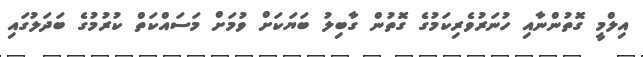
އިލްމީ ގޮތުންނާއި ހުނަރުވެރިކަމުގެ ގޮތުން ގާބިލު ބަޔަކަށް ވުމަށް މަސައްކަތް ކުރުމުގެ ބަދަލުގައި